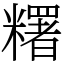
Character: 糬